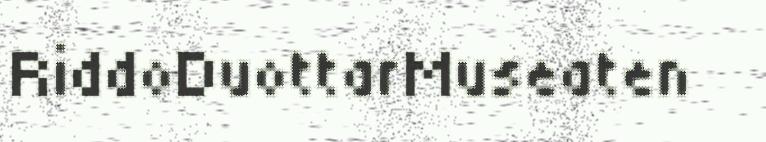
RiddoDuottarMuseaten